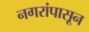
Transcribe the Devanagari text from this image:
नगरांपासून